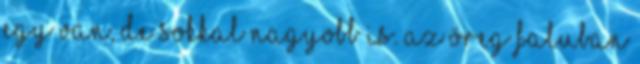
egy van, de sokkal nagyobb is. Az öreg faluban